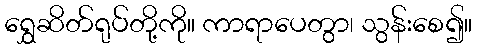
ရွှေဆိတ်ရုပ်တို့ကို။ ကာရာပေတွာ၊ သွန်းစေ၍။